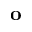
\mathbf { o }